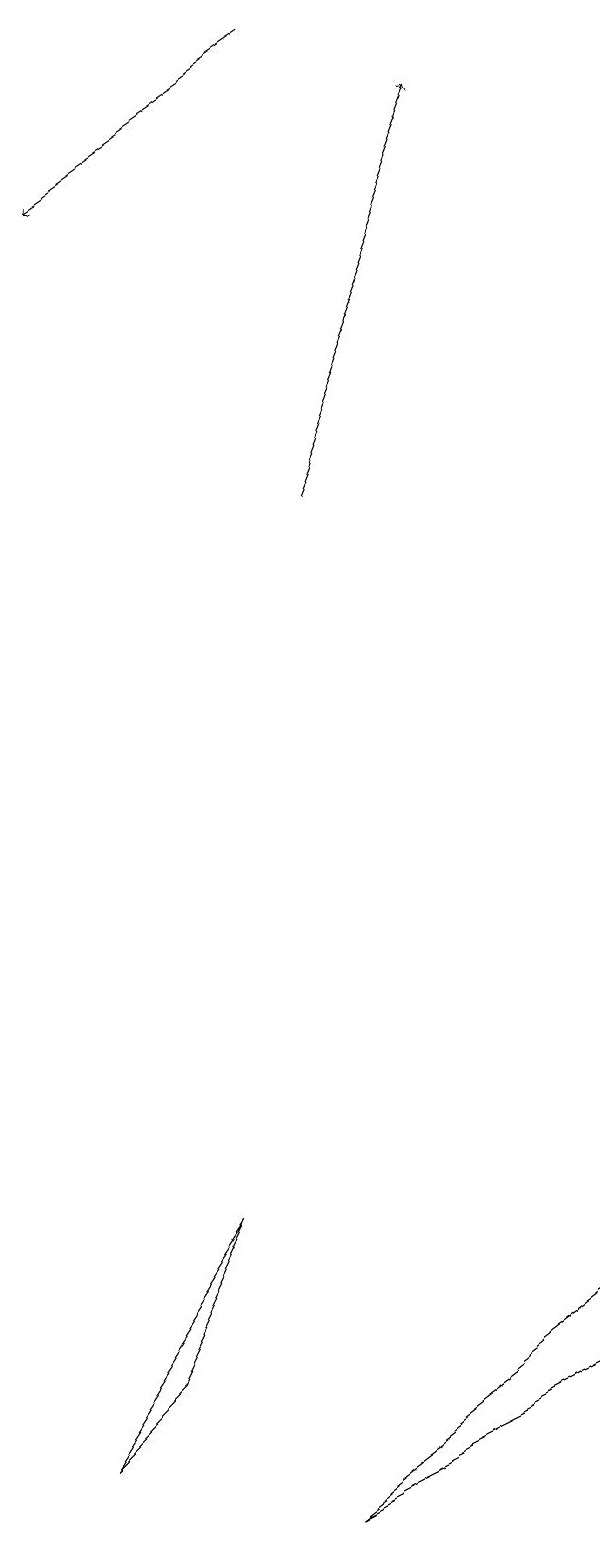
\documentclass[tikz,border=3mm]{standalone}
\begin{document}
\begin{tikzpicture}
\draw[->] (6,13) -- (8,18);
\draw[->] (6,19) -- (3,17);
\draw (9,3) -- (5,0) -- (9,2) -- cycle;
\draw (3,2) -- (2,1) -- (4,4) -- cycle;
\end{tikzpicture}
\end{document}